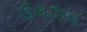
ઉલઝન